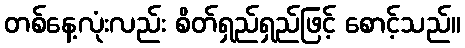
တစ်နေ့လုံးလည်း စိတ်ရှည်ရှည်ဖြင့် စောင့်သည်။